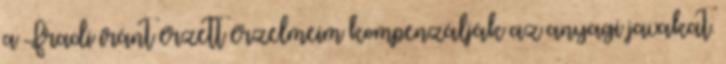
a Fradi iránt érzett érzelmeim kompenzálják az anyagi javakat.